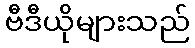
ဗီဒီယိုများသည်